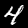
Digit: 4